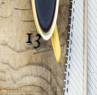
13